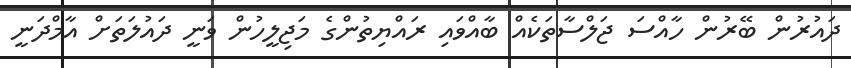
ދައުރުން ބޭރުން ހާއްސަ ޖަލްސާތަކެއް ބާއްވައި ރައްޔިތުންގެ މަޖިލީހުން ވަނީ ދައުލަތަށް އާމްދަނީ